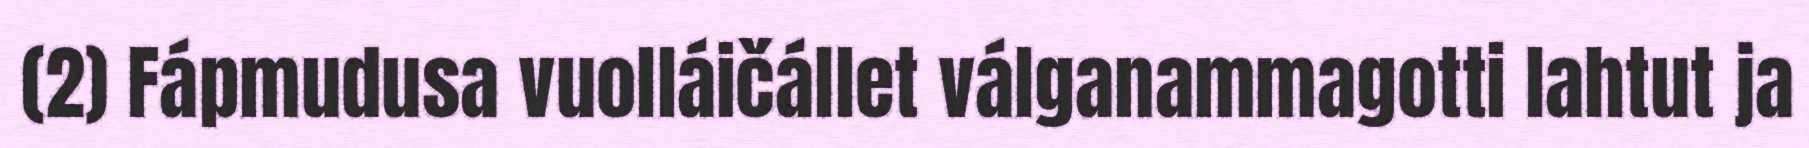
(2) Fápmudusa vuolláičállet válganammagotti lahtut ja